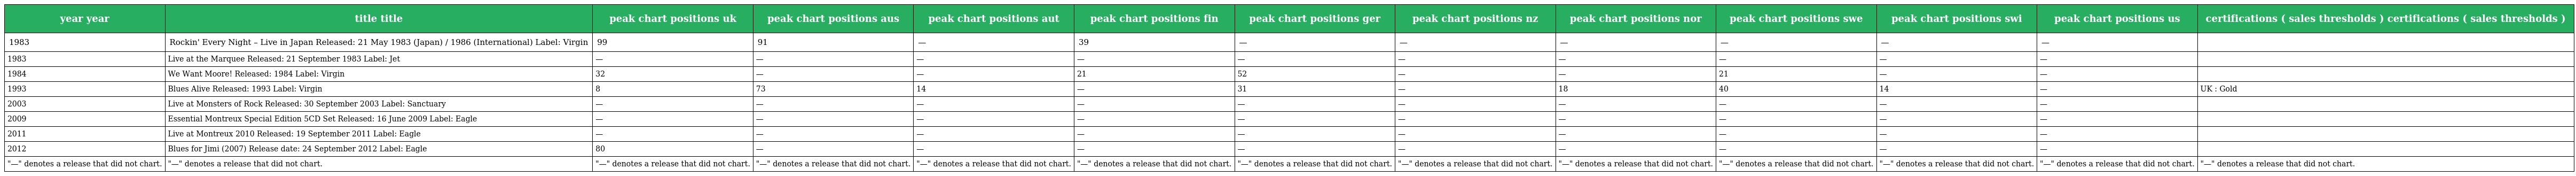
| year year | title title | peak chart positions uk | peak chart positions aus | peak chart positions aut | peak chart positions fin | peak chart positions ger | peak chart positions nz | peak chart positions nor | peak chart positions swe | peak chart positions swi | peak chart positions us | certifications ( sales thresholds ) certifications ( sales thresholds ) |
 | --- | --- | --- | --- | --- | --- | --- | --- | --- | --- | --- | --- | --- |
 | 1983 | Rockin' Every Night – Live in Japan Released: 21 May 1983 (Japan) / 1986 (International) Label: Virgin | 99 | 91 | — | 39 | — | — | — | — | — | — |  |
 | 1983 | Live at the Marquee Released: 21 September 1983 Label: Jet | — | — | — | — | — | — | — | — | — | — |  |
 | 1984 | We Want Moore! Released: 1984 Label: Virgin | 32 | — | — | 21 | 52 | — | — | 21 | — | — |  |
 | 1993 | Blues Alive Released: 1993 Label: Virgin | 8 | 73 | 14 | — | 31 | — | 18 | 40 | 14 | — | UK : Gold |
 | 2003 | Live at Monsters of Rock Released: 30 September 2003 Label: Sanctuary | — | — | — | — | — | — | — | — | — | — |  |
 | 2009 | Essential Montreux Special Edition 5CD Set Released: 16 June 2009 Label: Eagle | — | — | — | — | — | — | — | — | — | — |  |
 | 2011 | Live at Montreux 2010 Released: 19 September 2011 Label: Eagle | — | — | — | — | — | — | — | — | — | — |  |
 | 2012 | Blues for Jimi (2007) Release date: 24 September 2012 Label: Eagle | 80 | — | — | — | — | — | — | — | — | — |  |
 | "—" denotes a release that did not chart. | "—" denotes a release that did not chart. | "—" denotes a release that did not chart. | "—" denotes a release that did not chart. | "—" denotes a release that did not chart. | "—" denotes a release that did not chart. | "—" denotes a release that did not chart. | "—" denotes a release that did not chart. | "—" denotes a release that did not chart. | "—" denotes a release that did not chart. | "—" denotes a release that did not chart. | "—" denotes a release that did not chart. | "—" denotes a release that did not chart. |